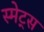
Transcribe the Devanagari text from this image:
स्मेट्स